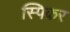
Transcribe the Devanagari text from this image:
स्पिकर